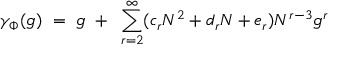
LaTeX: \gamma _ { \Phi } ( g ) ~ = ~ g ~ + ~ \sum _ { r = 2 } ^ { \infty } ( c _ { r } N ^ { 2 } + d _ { r } N + e _ { r } ) N ^ { r - 3 } g ^ { r }